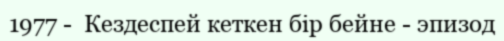
1977 -  Кездеспей кеткен бір бейне - эпизод